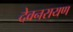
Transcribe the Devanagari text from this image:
देवनरायण